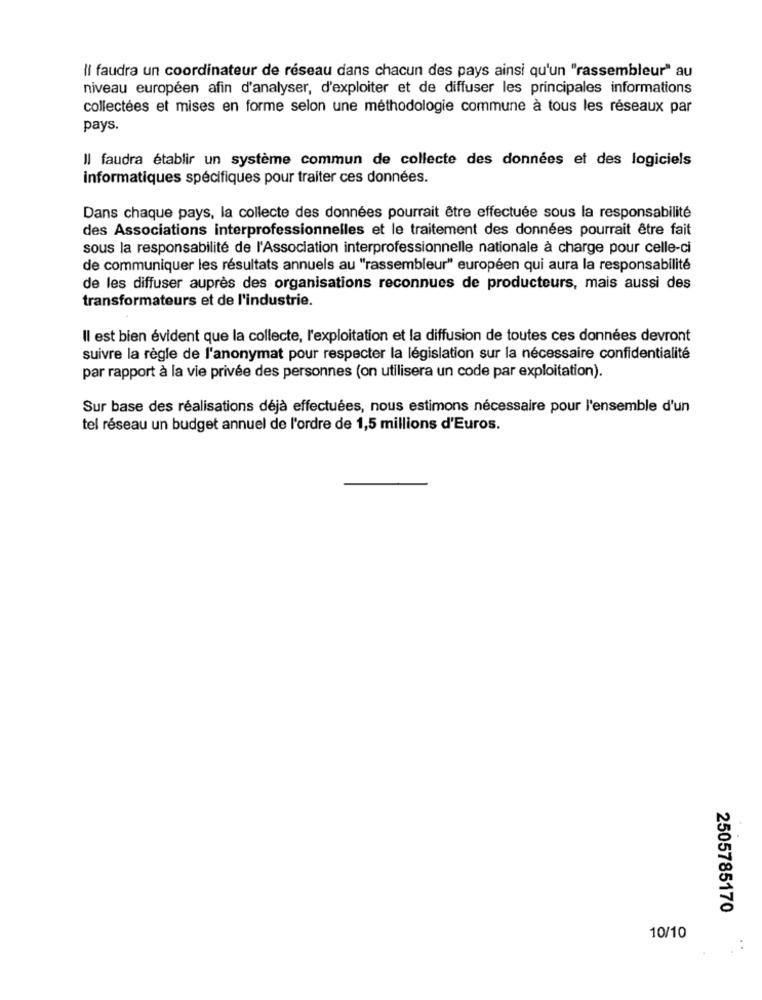
Il faudra un coordinateur de réseau dans chacun des pays ainsi qu'un "rassembleur" au
niveau européen afin d'analyser, d'exploiter et de diffuser les principales informations
collectées et mises en forme selon une méthodologie commune à tous les réseaux par
pays.
Il faudra établir un système commun de collecte des données et des logiciels
informatiques spécifiques pour traiter ces données.
Dans chaque pays, la collecte des données pourrait être effectuée sous la responsabilité
des Associations interprofessionnelles et le traitement des données pourrait être fait
sous la responsabilité de l'Association interprofessionnelle nationale à charge pour celle-ci
de communiquer les résultats annuels au "rassembleur" européen qui aura la responsabilité
de les diffuser auprès des organisations reconnues de producteurs, mais aussi des
transformateurs et de l'industrie.
Il est bien évident que la collecte, l'exploitation et la diffusion de toutes ces données devront
suivre la règle de l'anonymat pour respecter la législation sur la nécessaire confidentialité
par rapport à la vie privée des personnes (on utilisera un code par exploitation).
Sur base des réalisations déjà effectuées, nous estimons nécessaire pour l'ensemble d'un
tel réseau un budget annuel de l'ordre de 1,5 millions d'Euros.
2505785170
10/10